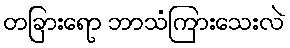
တခြားရော ဘာသံကြားသေးလဲ